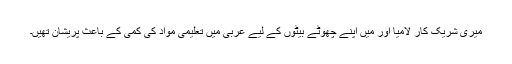
میری شریک کار لامیا اور میں اپنے چھوٹے بیٹوں کے لیے عربی میں تعلیمی مواد کی کمی کے باعث پریشان تھیں۔